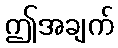
ဤအချက်